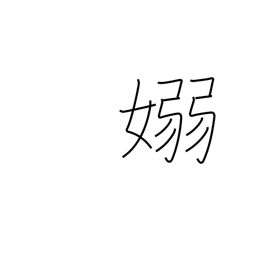
Meaning: pliant